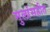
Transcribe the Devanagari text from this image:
मुलांसहीत